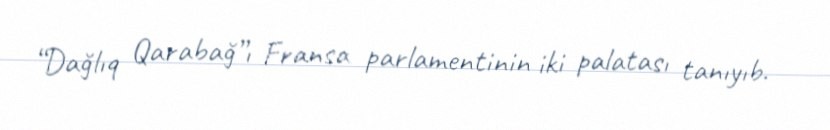
“Dağlıq Qarabağ”ı Fransa parlamentinin iki palatası tanıyıb.